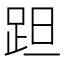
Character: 𨀏